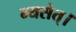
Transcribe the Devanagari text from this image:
न्यसेत्‌।